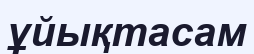
ұйықтасам